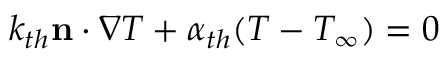
k _ { t h } \mathbf { n } \cdot \nabla T + \alpha _ { t h } ( T - T _ { \infty } ) = 0